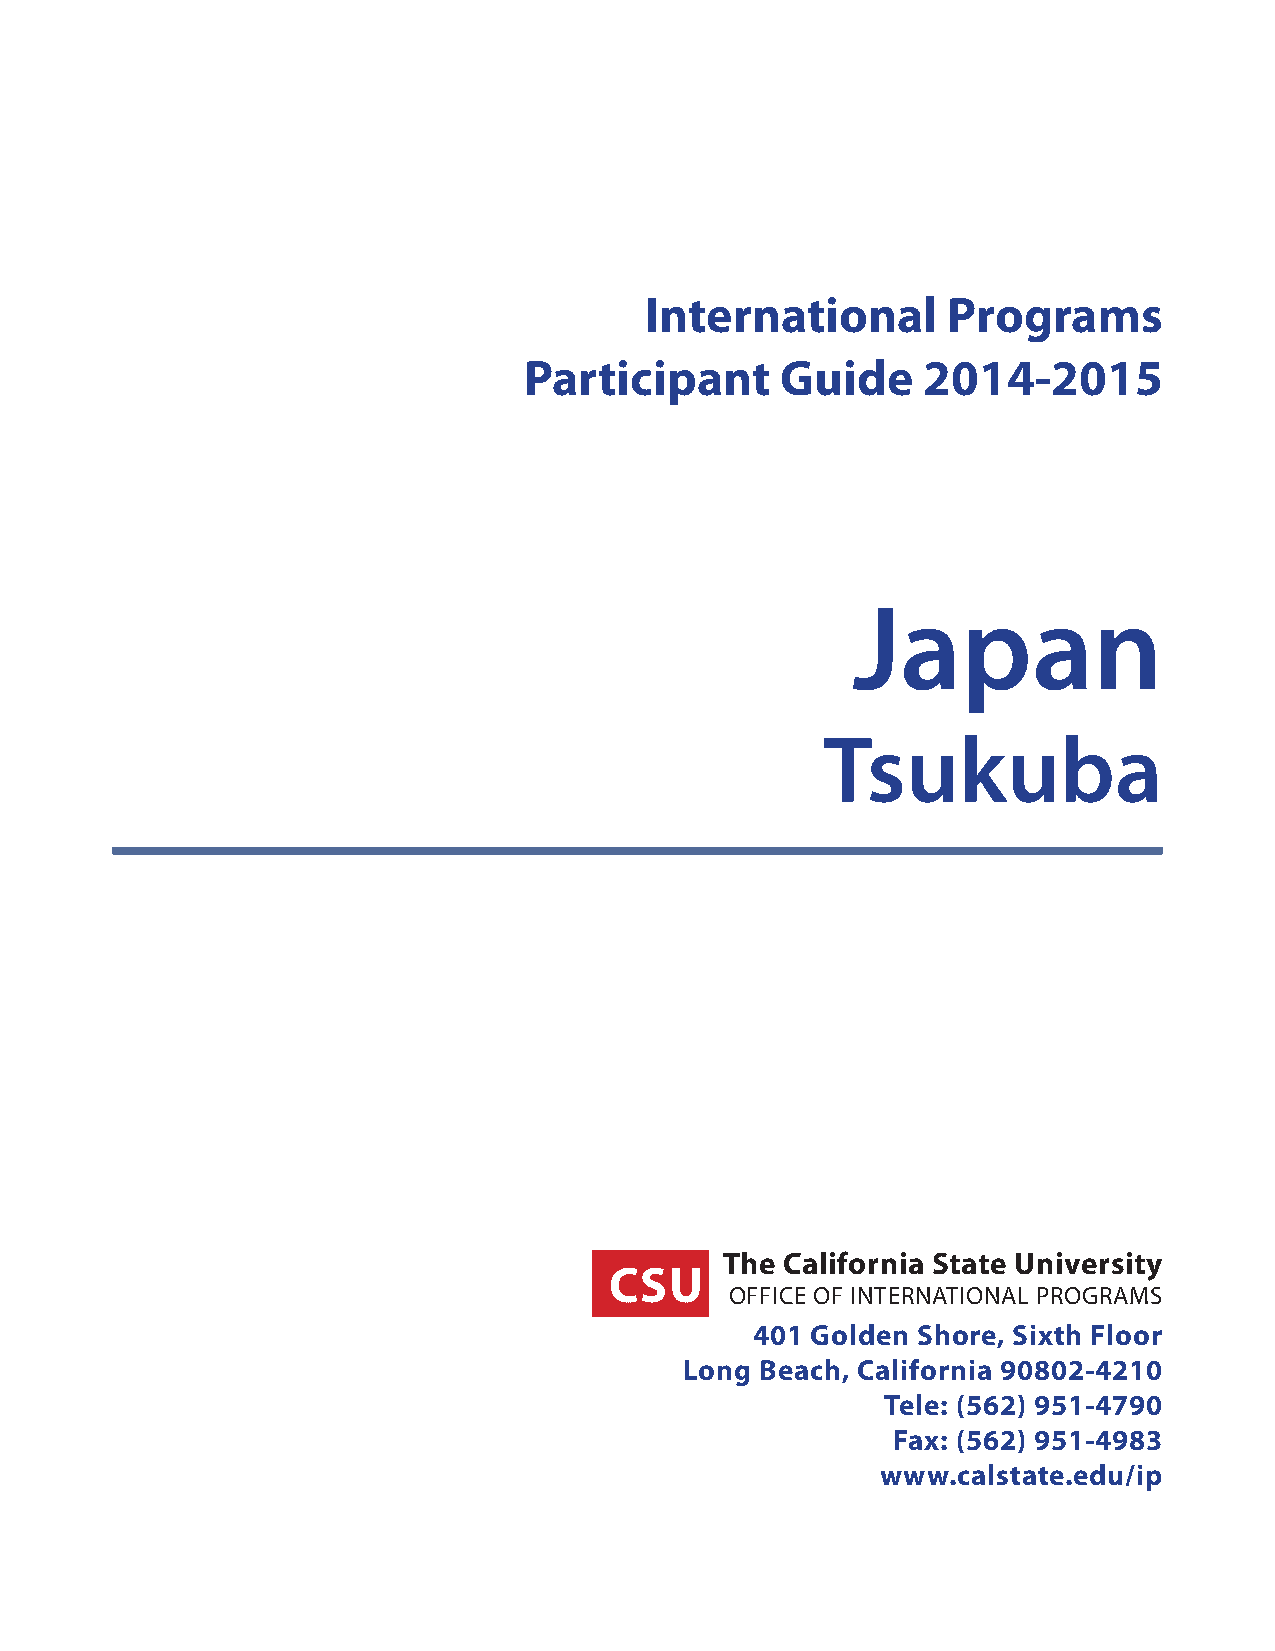
International       Programs
 Participant      Guide    2014-2015
 Japan
 Tsukuba
 The California State University
 CSU
 OFFICE OF INTERNATIONAL PROGRAMS
 401 Golden Shore, Sixth Floor
 Long Beach, California 90802-4210
 Tele: (562) 951-4790
 Fax: (562) 951-4983
 www.calstate.edu/ip